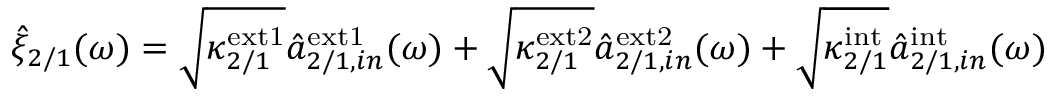
\begin{array} { r } { \hat { \xi } _ { 2 / 1 } ( \omega ) = \sqrt { \kappa _ { 2 / 1 } ^ { \mathrm { e x t 1 } } } \hat { a } _ { 2 / 1 , i n } ^ { \mathrm { e x t 1 } } ( \omega ) + \sqrt { \kappa _ { 2 / 1 } ^ { \mathrm { e x t 2 } } } \hat { a } _ { 2 / 1 , i n } ^ { \mathrm { e x t 2 } } ( \omega ) + \sqrt { \kappa _ { 2 / 1 } ^ { \mathrm { i n t } } } \hat { a } _ { 2 / 1 , i n } ^ { \mathrm { i n t } } ( \omega ) } \end{array}